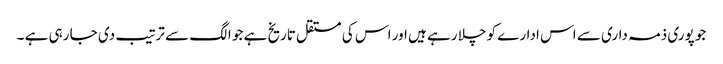
جو پوری ذمہ داری سے اس ادارے کو چلا رہے ہیں اور اس کی مستقل تاریخ ہے جو الگ سے ترتیب دی جا رہی ہے ۔